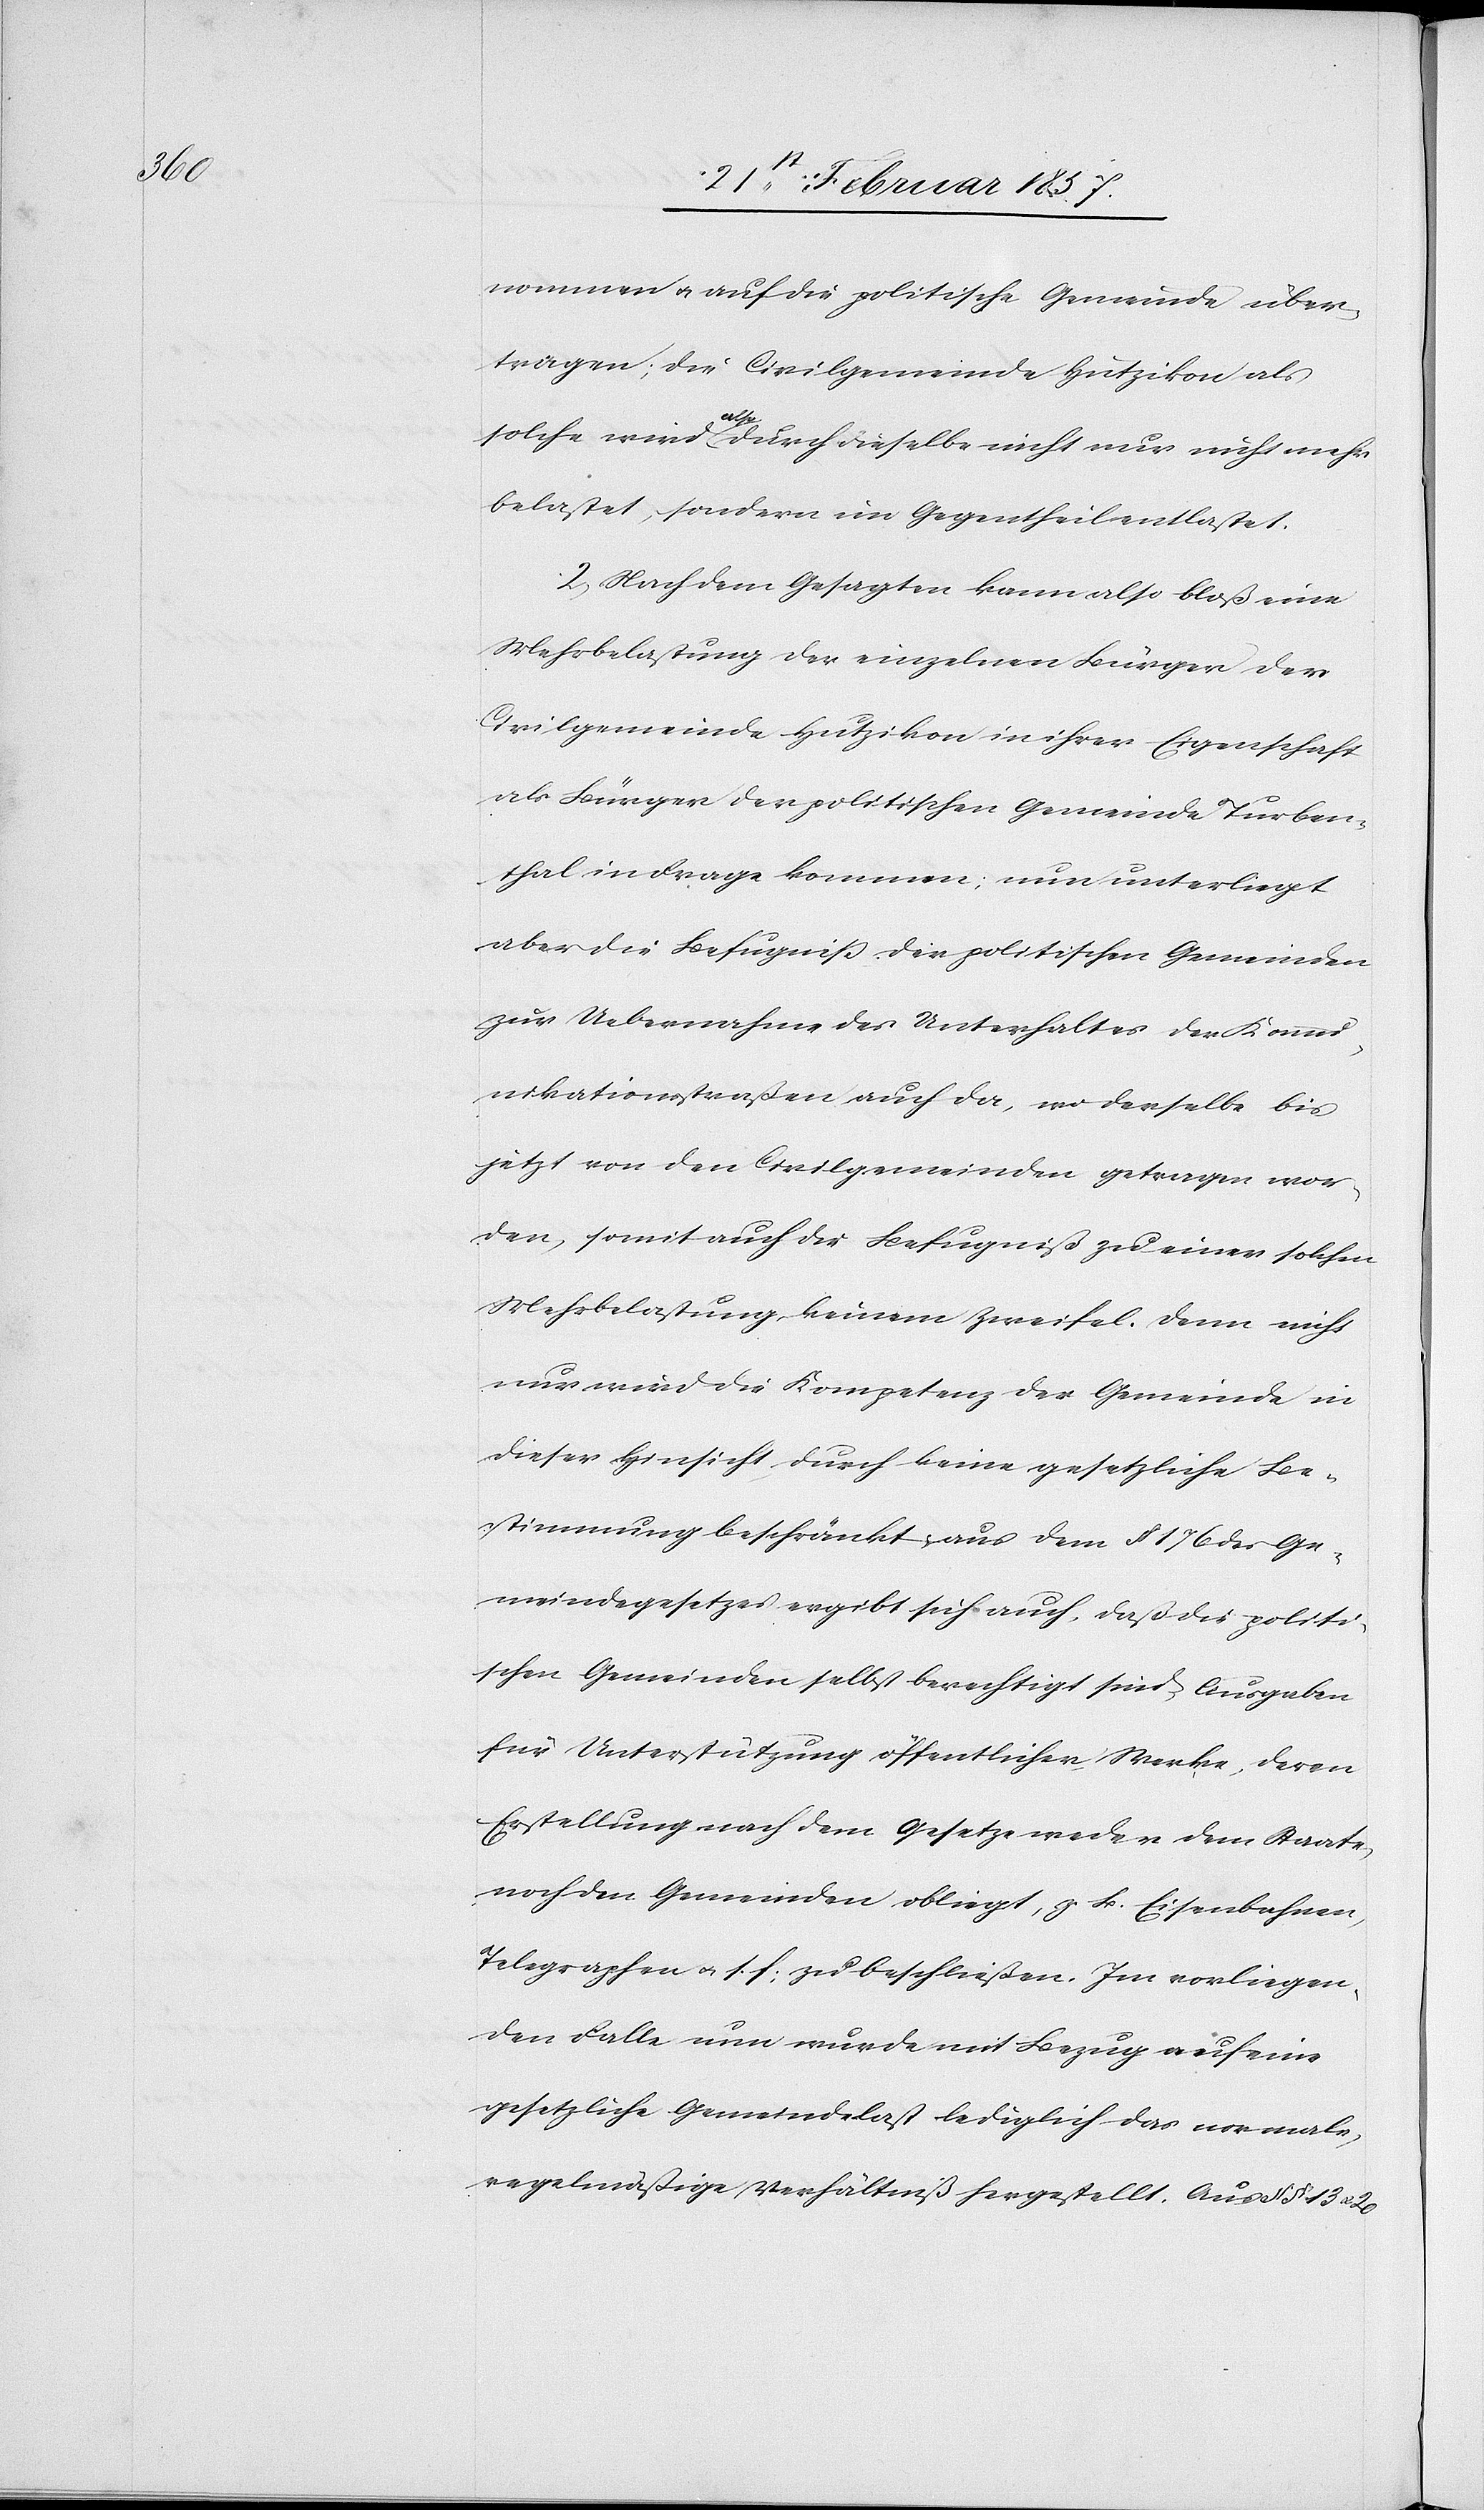
nommen u. auf die politische Gemeinde über¬
tragen; die Civilgemeinde Hutzikon als
solche wird also durch dieselbe nicht nur nicht mehr
belastet, sondern im Gegentheil entlastet.
2. Nach dem Gesagten kann also bloß eine
Mehrbelastung der einzelnen Bürger der
Civilgemeinde Hutzikon in ihrer Eigenschaft
als Bürger der politischen Gemeinde Turben¬
thal in Frage kommen; nun unterliegt
aber die Befugniß der politischen Gemeinden
zur Uebernahme des Unterhaltes der Kommu¬
nikationsstraßen auch da, wo derselbe bis
jetzt von den Civilgemeinden getragen wor¬
den, somit auch die Befugniß zu einer solchen
Mehrbelastung keinem Zweifel. Denn nicht
nur wird die Kompetenz der Gemeinde in
dieser Hinsicht durch keine gesetzliche Be¬
stimmung beschränkt, aus dem § 176 des Ge¬
meindegesetzes ergibt sich auch, daß die politi¬
schen Gemeinden selbst berechtigt sind, Ausgaben
für Unterstützung öffentlicher Werke, deren
Erstellung nach dem Gesetze weder dem Staate
noch den Gemeinden obliegt, z. B. Eisenbahnen,
Telegraphen u. s. f. zu beschließen. Im vorliegen¬
den Falle nun wurde mit Bezug auf eine
gesetzliche Gemeindelast lediglich das normale,
regelmäßige Verhältniß hergestellt. Aus § § 13 u.